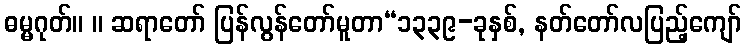
ဓမ္မဂုတ်။ ။ ဆရာတော် ပြန်လွန်တော်မူတာ“၁၃၃၉-ခုနှစ်, နတ်တော်လပြည့်ကျော်